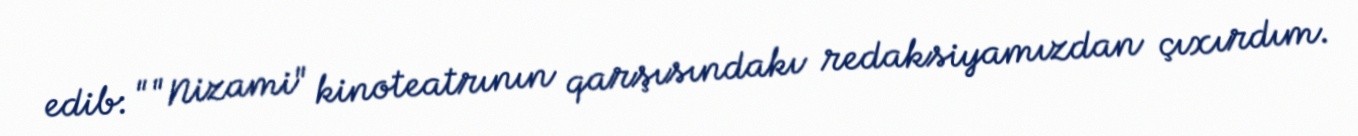
edib: ""Nizami" kinoteatrının qarşısındakı redaksiyamızdan çıxırdım.